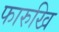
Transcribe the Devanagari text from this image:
फारुखि